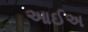
આઈઅ